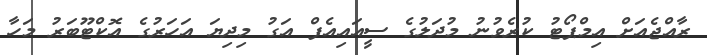
ރާއްޖެއަށް އިމްޕޯޓު ކުރެވުނު މުދަލުގެ ސީއައިއެފް އަގު މިދިޔަ އަހަރުގެ އޮކްޓޫބަރު މަހާ